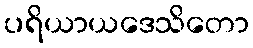
ပရိယာယဒေသိတော